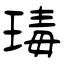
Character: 瑇